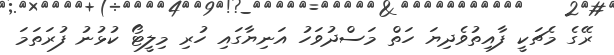
ރޭގެ މެޗަކީ ފާއިތުވެދިޔަ ހަތް މަސްދުވަހު އަނިޔާގައި ހުރި މިލީޓޯ ކުޅުނު ފުރަތަމަ